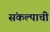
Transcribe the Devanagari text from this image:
संकल्पाची